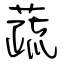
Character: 蔬